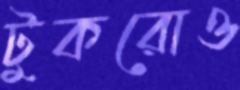
টুকরোও